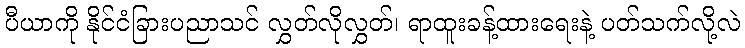
ပီယာကို နိုင်ငံခြားပညာသင် လွှတ်လိုလွှတ်၊ ရာထူးခန့်ထားရေးနဲ့ ပတ်သက်လို့လဲ